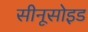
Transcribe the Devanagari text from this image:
सीनूसोइड